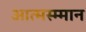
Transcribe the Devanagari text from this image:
आत्मस्म्मान